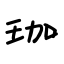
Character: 珈